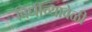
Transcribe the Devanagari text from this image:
विधीच्यावेळी